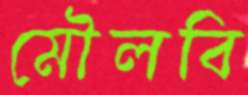
মৌলবি